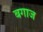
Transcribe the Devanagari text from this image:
बगाज